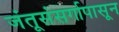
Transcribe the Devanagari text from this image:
जंतूसंसर्गापासून